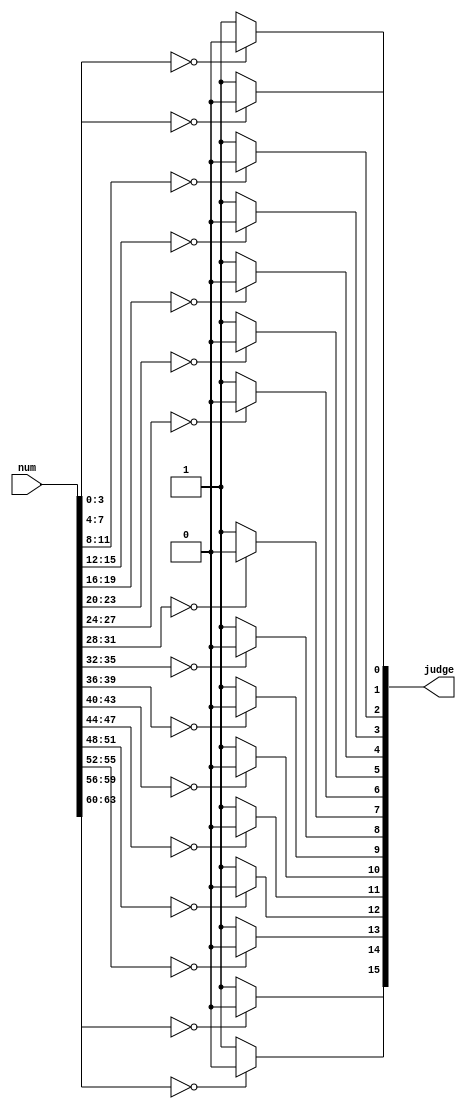
`timescale 1ns / 1ps
//////////////////////////////////////////////////////////////////////////////////
// Company: 
// Engineer: 
// 
// Design Name: 
// Module Name:    judge 
// Project Name: 
// Target Devices: 
// Tool versions: 
// Description: 
//
// Dependencies: 
//
// Revision: 
// Revision 0.01 - File Created
// Additional Comments: 
//
//////////////////////////////////////////////////////////////////////////////////
module judge(
	input [63:0]num,
	output [15:0] judge
    );
assign judge[0] = (num[3:0]==4'b0000)?1'b0:1'b1;	
assign judge[1] = (num[7:4]==4'b0000)?1'b0:1'b1;
assign judge[2] = (num[11:8]==4'b0000)?1'b0:1'b1;
assign judge[3] = (num[15:12]==4'b0000)?1'b0:1'b1;
assign judge[4] = (num[19:16]==4'b0000)?1'b0:1'b1;
assign judge[5] = (num[23:20]==4'b0000)?1'b0:1'b1;
assign judge[6] = (num[27:24]==4'b0000)?1'b0:1'b1;
assign judge[7] = (num[31:28]==4'b0000)?1'b0:1'b1;
assign judge[8] = (num[35:32]==4'b0000)?1'b0:1'b1;
assign judge[9] = (num[39:36]==4'b0000)?1'b0:1'b1;
assign judge[10] = (num[43:40]==4'b0000)?1'b0:1'b1;
assign judge[11] = (num[47:44]==4'b0000)?1'b0:1'b1;
assign judge[12] = (num[51:48]==4'b0000)?1'b0:1'b1;
assign judge[13] = (num[55:52]==4'b0000)?1'b0:1'b1;
assign judge[14] = (num[59:56]==4'b0000)?1'b0:1'b1;
assign judge[15] = (num[63:60]==4'b0000)?1'b0:1'b1;
endmodule